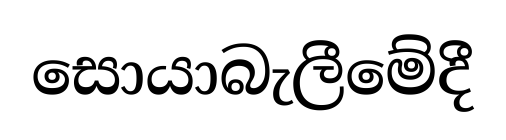
සොයාබැලීමේදී